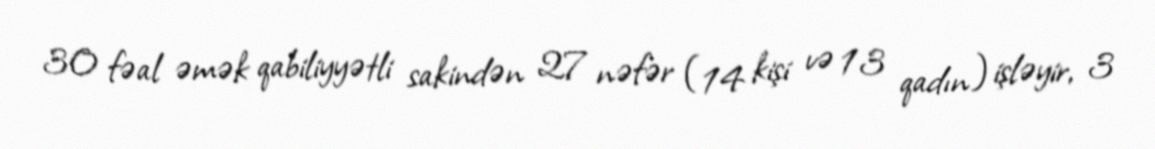
30 fəal əmək qabiliyyətli sakindən 27 nəfər (14 kişi və 13 qadın) işləyir, 3